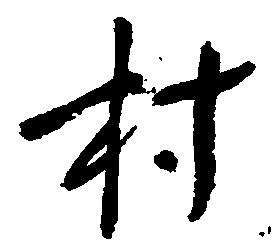
村